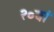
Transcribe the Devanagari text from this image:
२०वां